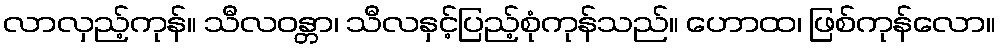
လာလှည့်ကုန်။ သီလဝန္တာ၊ သီလနှင့်ပြည့်စုံကုန်သည်။ ဟောထ၊ ဖြစ်ကုန်လော။